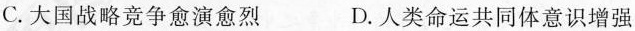
C.大国战略竞争愈演愈烈 D.人类命运共同体意识增强